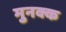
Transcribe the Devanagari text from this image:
मुनक्क